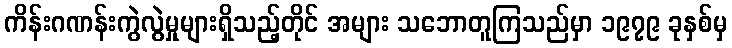
ကိန်းဂဏန်းကွဲလွဲမှုများရှိသည့်တိုင် အများ သဘောတူကြသည်မှာ ၁၉၇၉ ခုနှစ်မှ